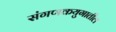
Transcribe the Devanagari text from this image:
संगणकयुगातील